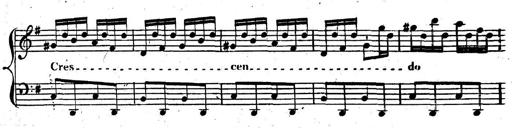
Title: Nouvelle Sonatine facile et agrÃ©able
Composer: Ignaz Moscheles
Key: G major